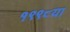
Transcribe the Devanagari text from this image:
१९९८या